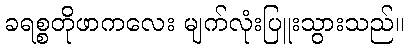
ခရစ္စတိုဖာကလေး မျက်လုံးပြူးသွားသည်။